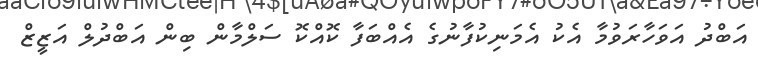
އަބްދު އަވަހާރަވުމާ އެކު އެމަނިކުފާނުގެ އެއްބަފާ ކޮއްކޮ ސަލްމާން ބިން އަބްދުލް އަޒީޒް